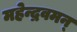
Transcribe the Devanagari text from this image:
महेन्द्रवमन्